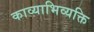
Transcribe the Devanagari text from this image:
काव्याभिव्यक्ति